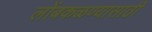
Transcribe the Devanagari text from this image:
लोंबकळण्यासाठी